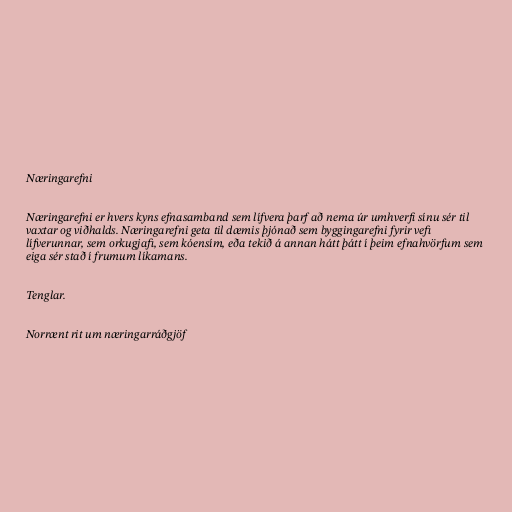
Næringarefni

Næringarefni er hvers kyns efnasamband sem lífvera þarf að nema úr umhverfi sínu sér til
vaxtar og viðhalds. Næringarefni geta til dæmis þjónað sem byggingarefni fyrir vefi
lífverunnar, sem orkugjafi, sem kóensím, eða tekið á annan hátt þátt í þeim efnahvörfum sem
eiga sér stað í frumum líkamans.

Tenglar.

Norrænt rit um næringarráðgjöf